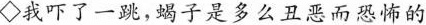
◇我吓了一跳，蝎子是多么丑恶而恐怖的